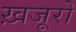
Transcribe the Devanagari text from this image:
ख़जूरों